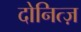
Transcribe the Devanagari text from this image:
दोनित्ज़